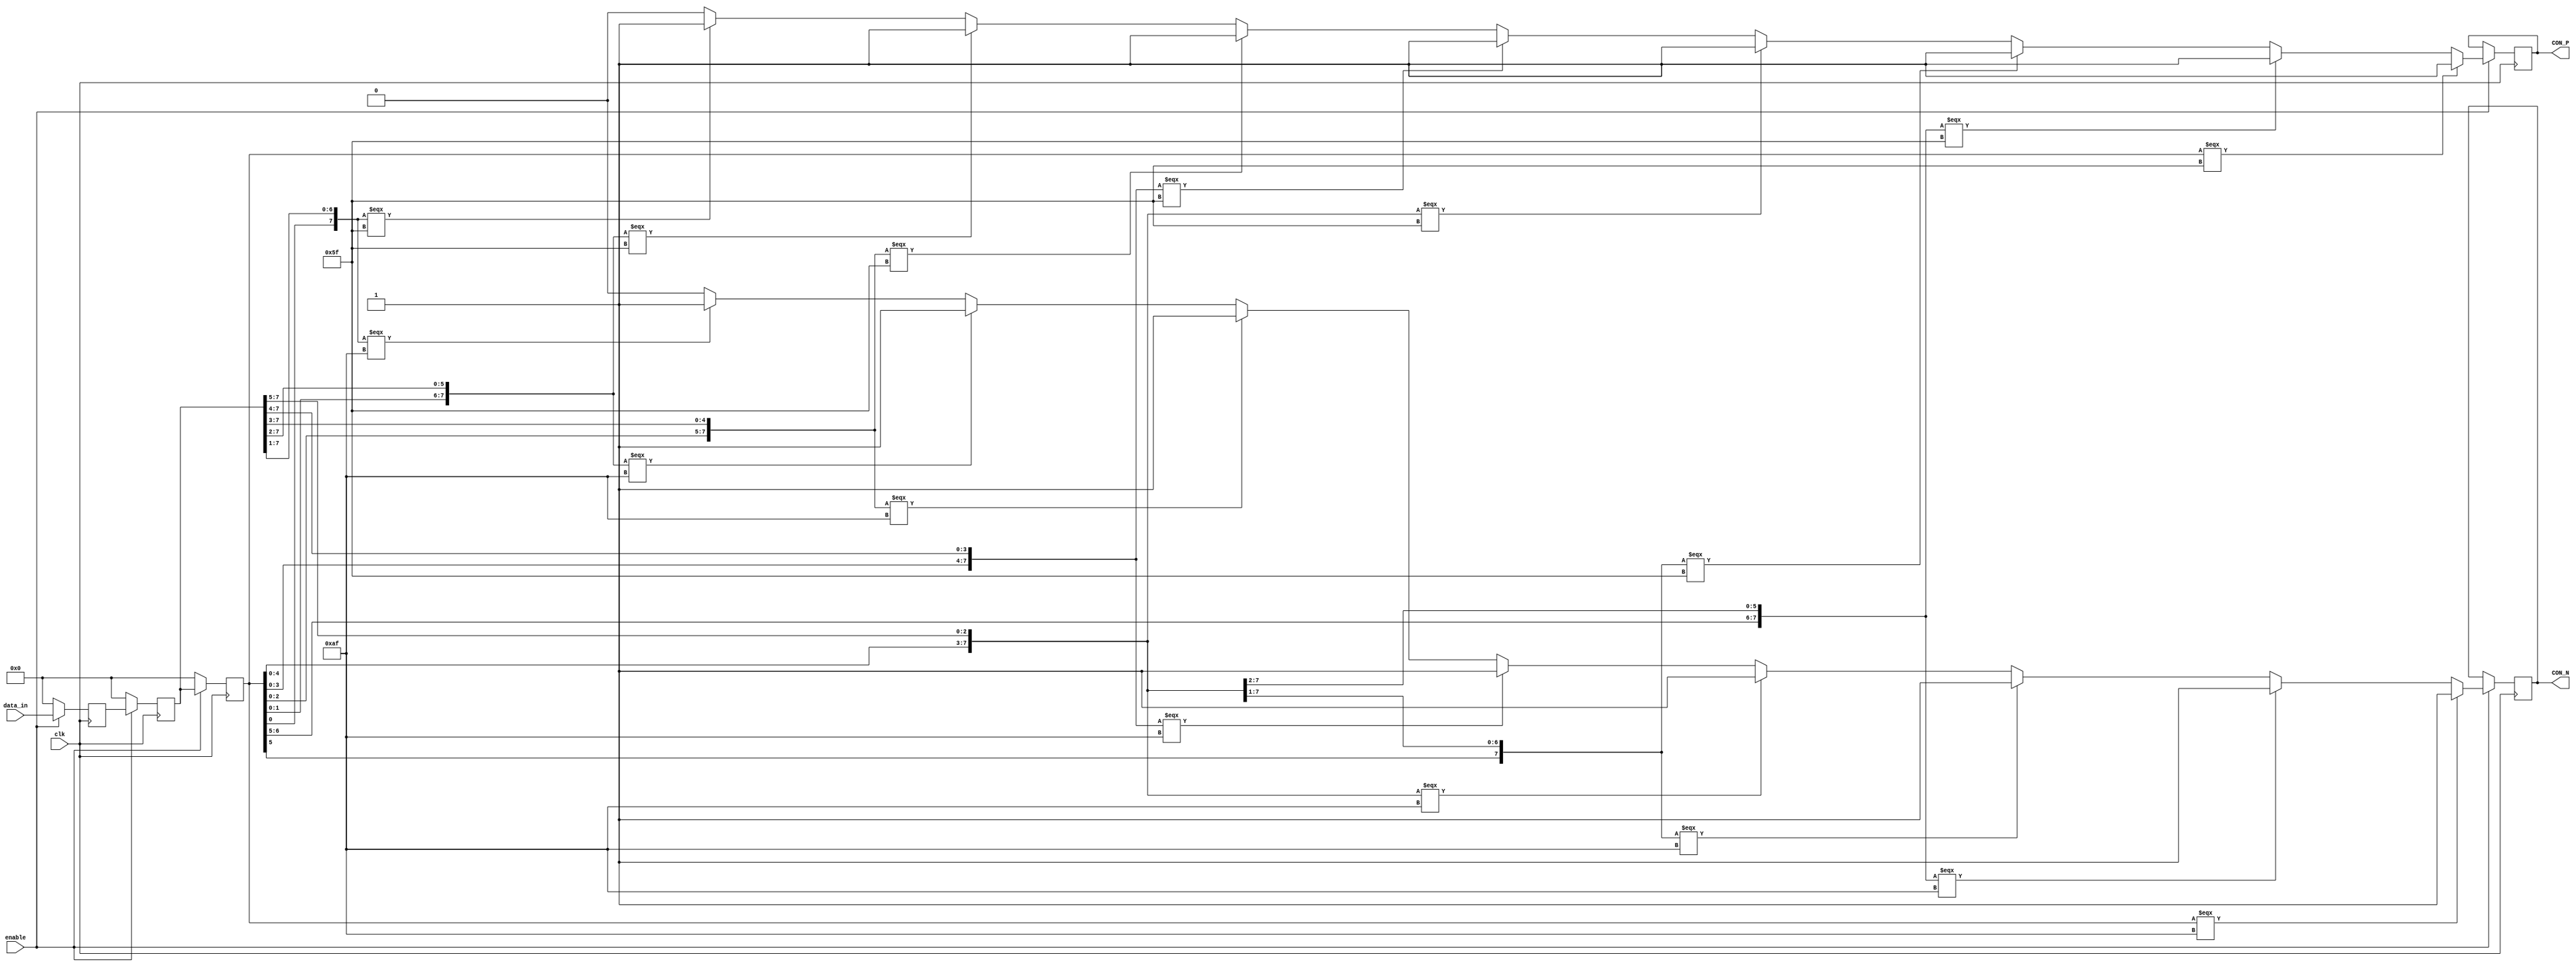
module RCB_FRL_RXMSG_ACK_Decoder(
   input     	clk,                      
   input     	enable,                 //Active low reset
   input [7:0]	data_in,           
	output reg	CON_P, 
	output reg	CON_N
	);

//   parameter lock_pattern = 8'hff	;   //Specifies the lock pattern
//   parameter pack_size = 100;             // Current packet size 
//   parameter word_size = 8;          // Not currently used in code
   		
   reg [7:0] 	data_reg1;              //First register used to re-align the data
   reg [7:0] 	data_reg2;              //Second register used to re-align the data
   reg [7:0] 	data_reg3;              //Third register used to re-align the data
   reg [2:0] 	shift;                  //designate the bit shift value of the package
   reg 		    lock;                   //if high, then the correct shift value has been found.
   reg [7:0] 	byte_count;             //word count in packet
   reg [2:0]    front_count;
   reg [7:0] 	data_out_tmp;           //pipeline register
   reg 	    	data_valid;

   reg [7:0] 	frame_length;      
   reg [7:0] 	data_out;               // output register
	reg			data_correct;
	reg			data_wrong;
	reg [39:0]  data_all;
   
//   wire 	end_pack = pack_size;   // signifies end of packet
	
   always @(negedge clk)   // timing broken to set data_valid flag
     begin
		if (!enable)
		begin
    	      data_out_tmp <= 8'h00;    //test          
		end
		else
		begin
    	    case(shift)               //Re-aligns the data depending on shift value
		    	3'h0 : data_out_tmp <= data_reg3;
		    	3'h1 : data_out_tmp <= ({data_reg3[6:0],data_reg2[7]});
		    	3'h2 : data_out_tmp <= ({data_reg3[5:0],data_reg2[7:6]});
		    	3'h3 : data_out_tmp <= ({data_reg3[4:0],data_reg2[7:5]});
		    	3'h4 : data_out_tmp <= ({data_reg3[3:0],data_reg2[7:4]});
		    	3'h5 : data_out_tmp <= ({data_reg3[2:0],data_reg2[7:3]});
		    	3'h6 : data_out_tmp <= ({data_reg3[1:0],data_reg2[7:2]});
		    	3'h7 : data_out_tmp <= ({data_reg3[0],data_reg2[7:1]});
		    	default : data_out_tmp <= data_reg3;
	        endcase
		 end
	 end


  // Data shift registers
   always @(negedge clk)         //
    begin
		if(!enable) 
	  		begin
        	data_reg1 <= 8'h00;           //Initializes the registers 
        	data_reg2 <= 8'h00;           
        	data_reg3 <= 8'h00;
	  	end
		else 
	 		begin
        	data_reg1 <= data_in;     // Registers incoming data, shifts to compare registers 
        	data_reg2 <= data_reg1;   // reg2 and reg3 are compare registers
        	data_reg3 <= data_reg2;  
 	  		end
    end
 
//  Search and validate
  
  always @(negedge clk)          //
     begin
		if(!enable)  
	  		begin
             lock <= 0;
             shift <= 0;
             data_out <= 8'h00;  
             data_valid <= 0;
				 frame_length <= 0;
	  		end
	
	 	else   
		begin
			if(data_reg3 === 8'h5f ) 
		       				begin
		                      CON_P <= 1'b1;
		       				end
		
		   				else if({data_reg3[6:0],data_reg2[7]} === 8'h5f ) 
               				begin
			     			 CON_P <= 1'b1;  
               				end

		    			else if({data_reg3[5:0],data_reg2[7:6]} === 8'h5f ) 
			     			begin
			       			 CON_P <= 1'b1;
			     			end
			
            			else if({data_reg3[4:0],data_reg2[7:5]} === 8'h5f ) 
			    			begin
			       			 CON_P <= 1'b1;
			    		    end
			
						else if({data_reg3[3:0],data_reg2[7:4]} === 8'h5f ) 
			    			begin
                    		 CON_P <= 1'b1;
			    			end
			
			 			else if({data_reg3[2:0],data_reg2[7:3]} === 8'h5f )
                  			begin
				    	 CON_P <= 1'b1;
                  		    end

			 			else if({data_reg3[1:0],data_reg2[7:2]} === 8'h5f) 
				   			begin
				    		 CON_P <= 1'b1;
				   		    end
				
			 			else if({data_reg3[0],data_reg2[7:1]} === 8'h5f)    //lock_pattern
				  			begin
				     		 CON_P <= 1'b1;
			  			    end
							 else begin
							 CON_P <= 1'b0;
							end
			   				if(data_reg3 === 8'haf ) 
		       				begin
		                      CON_N <= 1'b1;
		       				end
		
		   				else if({data_reg3[6:0],data_reg2[7]} === 8'haf ) 
               				begin
			     			 CON_N <= 1'b1;  
               				end

		    			else if({data_reg3[5:0],data_reg2[7:6]} === 8'haf ) 
			     			begin
			       			 CON_N <= 1'b1;
			     			end
			
            			else if({data_reg3[4:0],data_reg2[7:5]} === 8'haf ) 
			    			begin
			       			 CON_N <= 1'b1;
			    		    end
			
						else if({data_reg3[3:0],data_reg2[7:4]} === 8'haf ) 
			    			begin
                    		 CON_N <= 1'b1;
			    			end
			
			 			else if({data_reg3[2:0],data_reg2[7:3]} === 8'haf )
                  			begin
				    	 CON_N <= 1'b1;
                  		    end

			 			else if({data_reg3[1:0],data_reg2[7:2]} === 8'haf )
				   			begin
				    		 CON_N <= 1'b1;
				   		    end
				
			 			else if({data_reg3[0],data_reg2[7:1]} === 8'haf    )//lock_pattern
				  			begin
				     		 CON_N <= 1'b1;
			  			    end
							 else begin
							 CON_N <= 1'b0;
							end
							
	         		end    //if (!lock)                           // end search
	

	end

endmodule